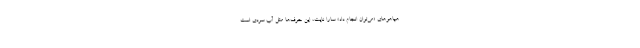
هیاهوهای «می‌توان انجام دادِ» سارا نایت، این حرف‌ها مثل آب سردی است